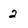
Character: 2